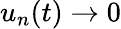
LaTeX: u_{n}(t)\to 0